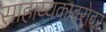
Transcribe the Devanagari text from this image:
साहाय्यकाबरोबर